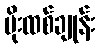
မိုးထစ်ချုန်း